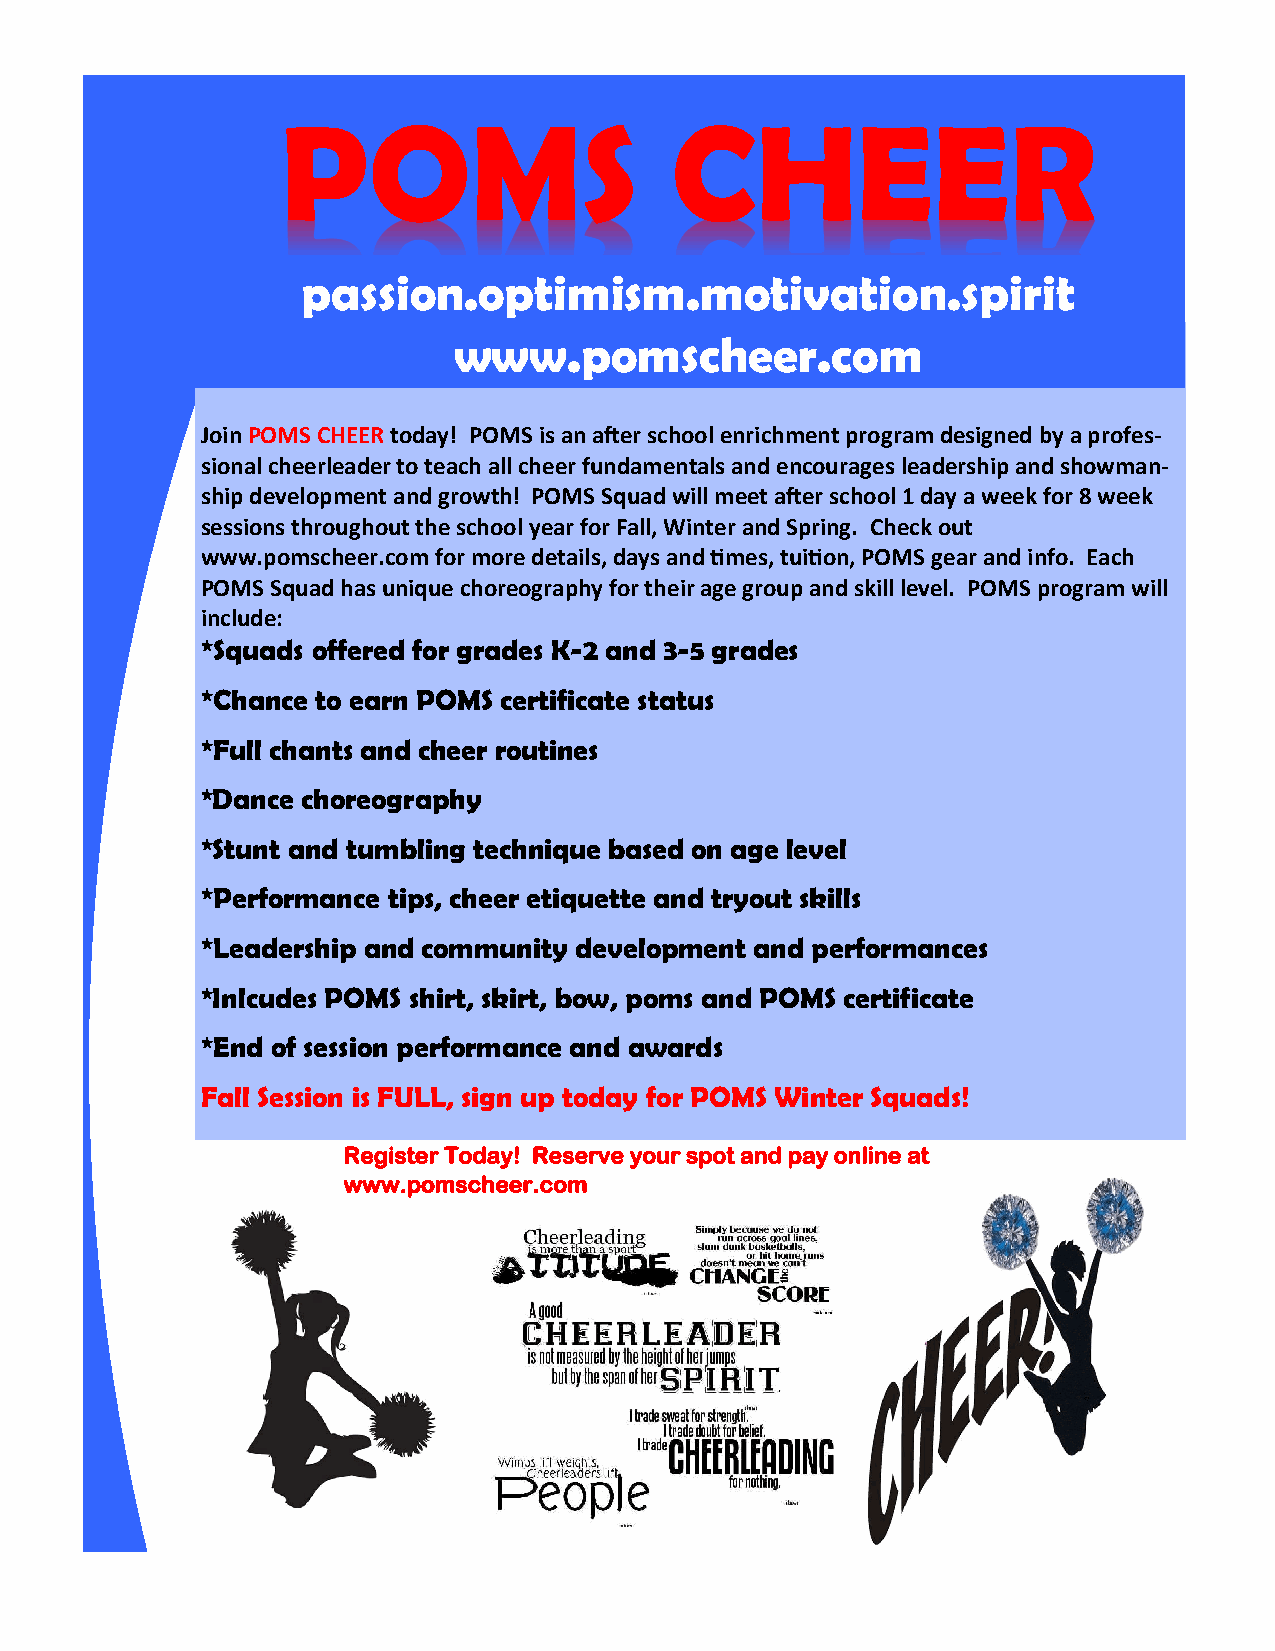
POMS                     CHEER
 passion.optimism.motivation.spirit
 www.pomscheer.com
 Join POMS CHEER today! POMS is an after school enrichment program designed by a profes-
 sional cheerleader to teach all cheer fundamentals and encourages leadership and showman-
 ship development and growth! POMS Squad will meet after school 1 day a week for 8 week
 sessions throughout the school year for Fall, Winter and Spring. Check out
 www.pomscheer.com for more details, days and times, tuition, POMS gear and info. Each
 POMS Squad has unique choreography for their age group and skill level. POMS program will
 include:
 *Squads offered for grades K-2 and 3-5 grades
 *Chance to earn POMS certificate status
 *Full chants and cheer routines
 *Dance choreography
 *Stunt and tumbling technique based on age level
 *Performance tips, cheer etiquette and tryout skills
 *Leadership and community development and performances
 *Inlcudes POMS shirt, skirt, bow, poms and POMS certificate
 *End of session performance and awards
 Fall Session is FULL, sign up today for POMS Winter Squads!
 Register Today! Reserve your spot and pay online at
 www.pomscheer.com